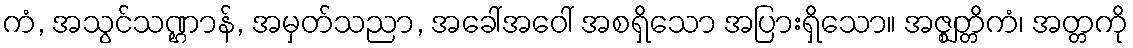
ကံ, အသွင်သဏ္ဌာန်, အမှတ်သညာ, အခေါ်အဝေါ် အစရှိသော အပြားရှိသော။ အဇ္ဈတ္တိကံ၊ အတ္တကို